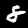
Digit: 8